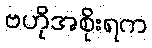
ဗဟိုအစိုးရက